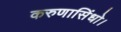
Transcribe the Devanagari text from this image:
करुणासिंधो।